Indian journal of veterinary science and animal husbandry - Volumes 26-27, 1956-1957
Year: 1956
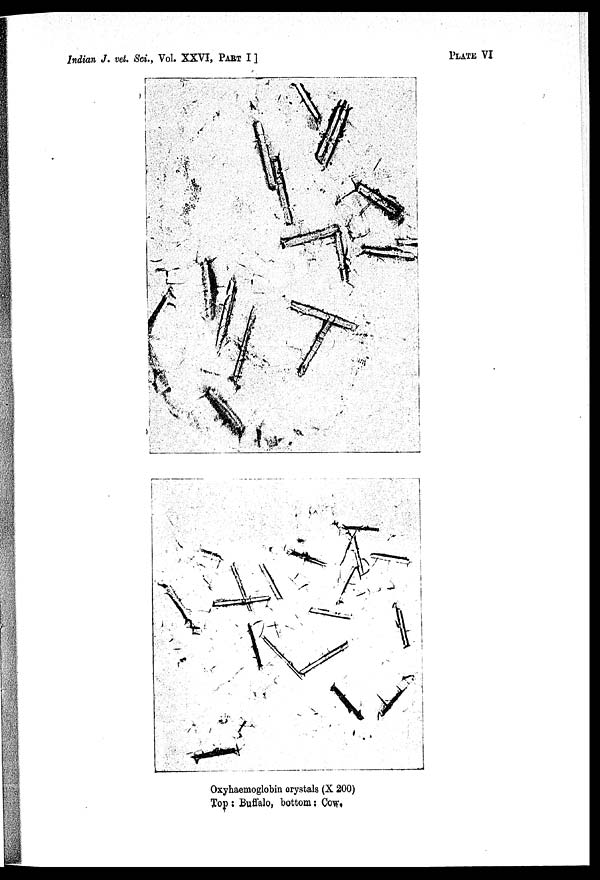
Indian J. vet. Sci., Vol. XXVI, PART I ]
PLATE VI
Oxyhaeraoglobin crystals (X 200)
Top : Buffalo, bottom : Cow.